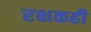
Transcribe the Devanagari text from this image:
रक्षकही